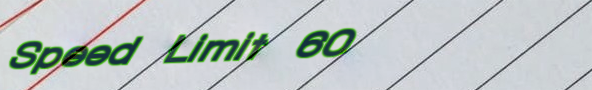
Speed Limit 60